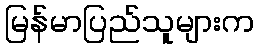
မြန်မာပြည်သူများက